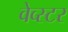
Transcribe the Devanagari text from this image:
वेव्स्टर